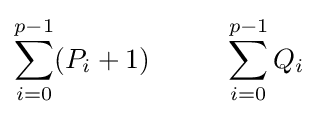
\sum _{i=0}^{p-1}(P_{i}+1)~\qquad ~\sum _{i=0}^{p-1}Q_{i}